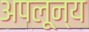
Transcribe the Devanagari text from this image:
अपलून्य